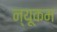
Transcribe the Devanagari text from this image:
न्यूकम